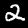
Label: 2